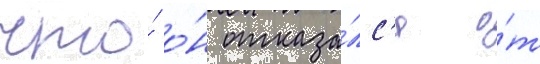
что́ о́н отказа́лс'я о́т